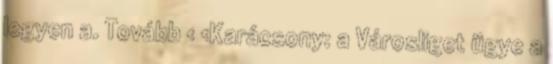
legyen a. Tovább › ›Karácsony: a Városliget ügye a